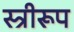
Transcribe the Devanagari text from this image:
स्त्रीरूप